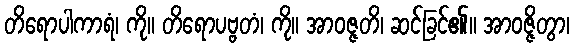
တိရောပါကာရံ၊ ကို။ တိရောပဗ္ဗတံ၊ ကို။ အာဝဇ္ဇတိ၊ ဆင်ခြင်၏။ အာဝဇ္ဇိတွာ၊